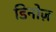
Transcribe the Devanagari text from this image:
डिनोज़